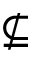
\nsubseteq